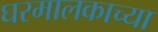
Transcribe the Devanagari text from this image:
घरमालकाच्या